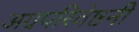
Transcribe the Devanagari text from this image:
अग्रपरिवेष्ठनी